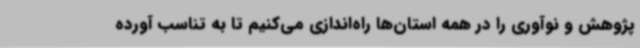
پژوهش و نوآوری را در همه استان‌ها راه‌اندازی می‌کنیم تا به تناسب آورده